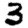
Digit: 3